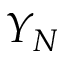
Y _ { N }